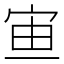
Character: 𡧹